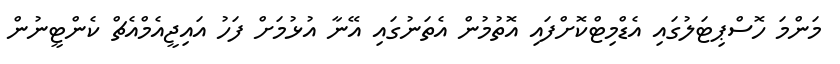
މަންމަ ހޮސްޕިޓަލުގައި އެޑްމިޓްކޮށްފައި އޮތުމުން އެތަނުގައި އޭނާ އުޅުމަށް ފަހު އައިޖީއެމްއެޗް ކެންޓީނުން